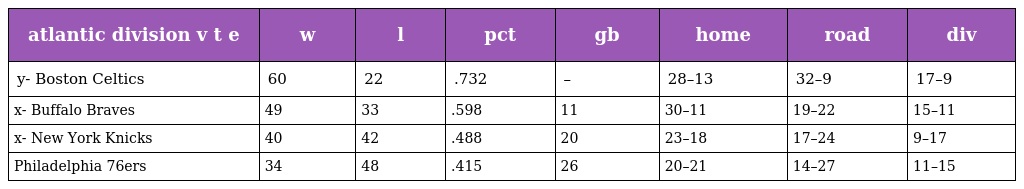
| atlantic division v t e | w | l | pct | gb | home | road | div |
 | --- | --- | --- | --- | --- | --- | --- | --- |
 | y- Boston Celtics | 60 | 22 | .732 | – | 28–13 | 32–9 | 17–9 |
 | x- Buffalo Braves | 49 | 33 | .598 | 11 | 30–11 | 19–22 | 15–11 |
 | x- New York Knicks | 40 | 42 | .488 | 20 | 23–18 | 17–24 | 9–17 |
 | Philadelphia 76ers | 34 | 48 | .415 | 26 | 20–21 | 14–27 | 11–15 |